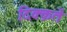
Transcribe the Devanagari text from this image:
दिक्क़तें